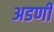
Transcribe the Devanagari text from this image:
अडणी